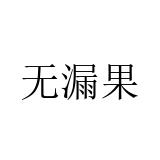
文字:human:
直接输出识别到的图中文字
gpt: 无漏果